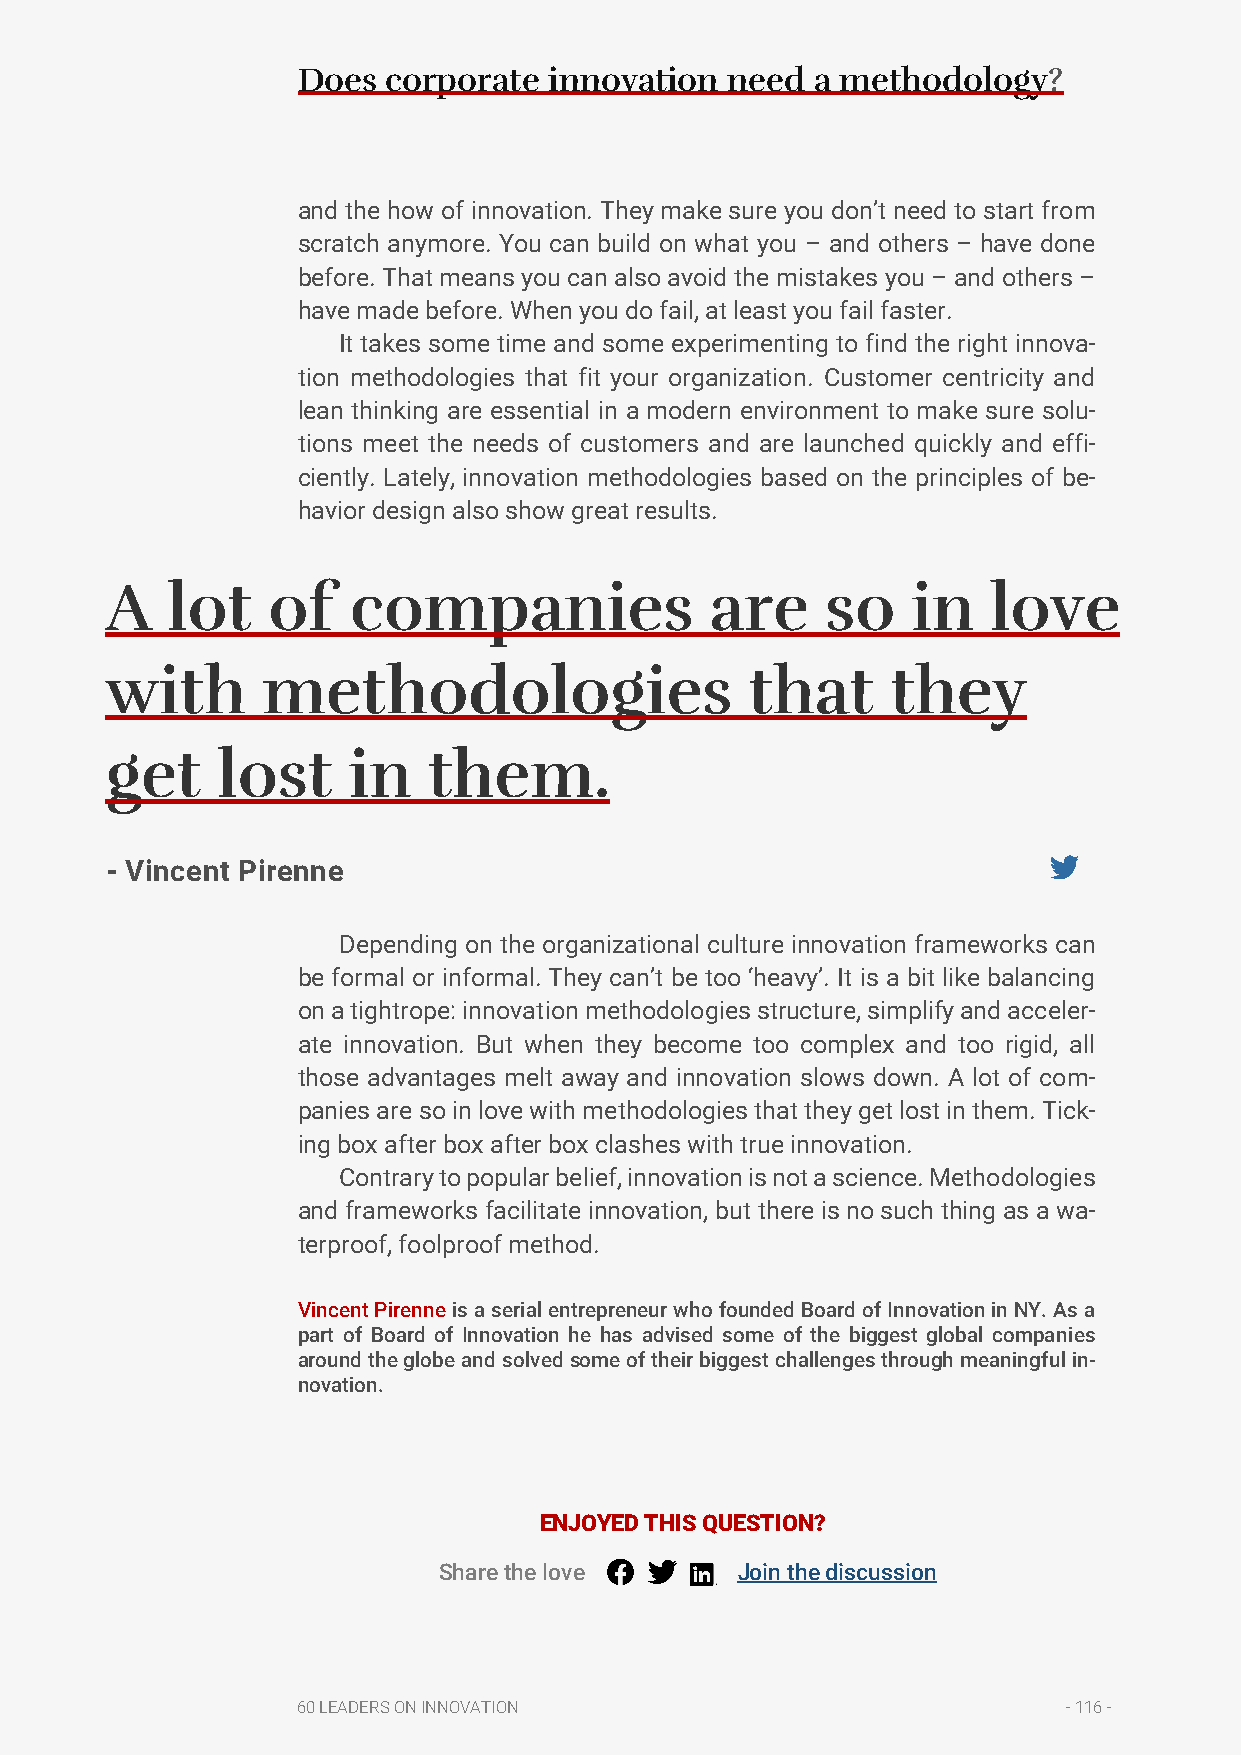
Does  corporate innovation  need  a methodology?
 and the how of innovation. They make sure you don’t need to start from
 scratch anymore. You can build on what you – and others – have done
 before. That means you can also avoid the mistakes you – and others –
 have made before. When you do fail, at least you fail faster.
 It takes some time and some experimenting to find the right innova-
 tion methodologies that fit your organization. Customer centricity and
 lean thinking are essential in a modern environment to make sure solu-
 tions meet the needs of customers and are launched quickly and effi-
 ciently. Lately, innovation methodologies based on the principles of be-
 havior design also show great results.
 A   lot    of   companies               are     so   in    love
 with      methodologies                    that     they
 get    lost     in   them.
 - Vincent Pirenne
 Depending on the organizational culture innovation frameworks can
 be formal or informal. They can’t be too ‘heavy’. It is a bit like balancing
 on a tightrope: innovation methodologies structure, simplify and acceler-
 ate innovation. But when they become too complex and too rigid, all
 those advantages melt away and innovation slows down. A lot of com-
 panies are so in love with methodologies that they get lost in them. Tick-
 ing box after box after box clashes with true innovation.
 Contrary to popular belief, innovation is not a science. Methodologies
 and frameworks facilitate innovation, but there is no such thing as a wa-
 terproof, foolproof method.
 Vincent Pirenne is a serial entrepreneur who founded Board of Innovation in NY. As a
 part of Board of Innovation he has advised some of the biggest global companies
 around the globe and solved some of their biggest challenges through meaningful in-
 novation.
 ENJOYED THIS QUESTION?
 Share the love      Join the discussion
 60 LEADERS ON INNOVATION                           - 116 -